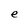
Character: e